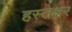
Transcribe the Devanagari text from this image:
हस्तक्षर